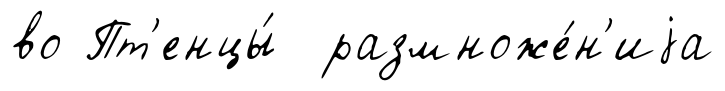
во Пт'енцы́ размноже́н'иjа